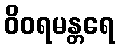
ဝိဝရမန္တရေ